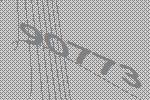
90773